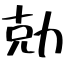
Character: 勀